Vaccination in Bombay 1874-1876 - 1874-1876
Year: 1874
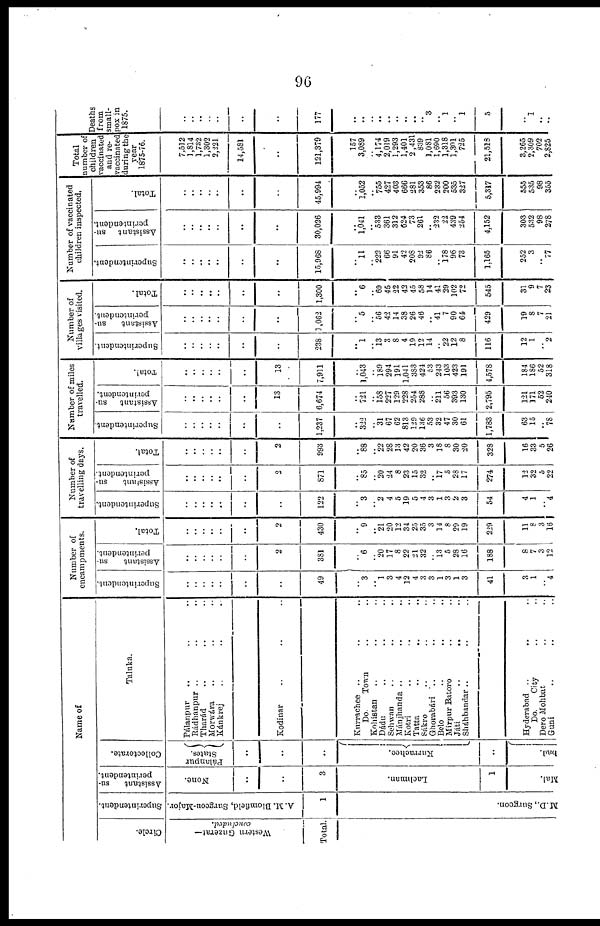
96
Name of
Circle.
Western Guzerat—
concluded.
Total.
Superintendent.
A. M. Blomfield, Surgeon-Major.
1
M.D., Surgeon.
Assistant
su-
perintendent.
None.
..
..
3
Lachman.
1
Mal.
Collectorate.
Pálanpur
States.
..
..
..
Kurrachee.
..
bad.
Taluka.
Pálanpur .. .. ..
Rádhanpur .. .. ..
Tharád .. .. ..
Morwára .. .. ..
Kánkrej .. .. ..
Kodinar .. .. ..
Kurrachee .. .. ..
Do.
Town .. ..
Kohistan .. .. ..
Dádu .. .. ..
Sehwan .. .. ..
Mánjhanda .. .. ..
Kotri .. .. ..
Tatta .. .. ..
Sákro .. .. ..
Ghorabári
.. .. ..
Belo .. .. ..
Mirpur Batoro .. ..
Játi .. .. ..
Sháhbandar .. .. ..
Hyderabad .. .. ..
Do.
City .. ..
Dero Mohbat .. .. ..
Guni .. .. ..
Number of
encampments.
Superintendent.
..
..
..
..
..
..
..
49
..
3
.. 1
3
4
12
4
3
3
1
3
1
3
41
3
1
.. 4
Assistant
su-
perintendent.
..
..
..
..
..
..
2
381
..
6
.. 20
17
8
22
21
32
.. 13
5
28
16
188
8
7
3
12
Total.
..
..
..
..
..
..
2
430
..
9
.. 21
20
12
34
25
35
3
14
8
29
19
229
11
8
3
16
Number of
travelling days.
Superintendent.
..
..
..
..
..
..
..
122
..
3
.. 2
4
5
19
5
4
3
1
3
2
3
54
4
1
.. 4
As s i
s t
ant su-
perintendent.
..
..
..
..
..
..
2
871
..
85
.. 20
24
8
23
15
32
.. 17
5
28
17
274
12
32
5
22
Tot al .
..
..
..
..
..
..
2
993
..
88
.. 22
28
13
42
20
36
3
18
8
30
20
328
16
33
5
26
Number of miles
travelled.
Superintendent.
..
..
..
..
..
..
..
1,237
..
322
.. 31
67
62
813
129
136
53
32
47
30
61
1,783
63
15
.. 78
Assistant su-
perintendent.
Total.
..
..
..
..
..
..
13
6,674
..
721
.. 158
227
129
228
254
288
.. 211
56
393
130
2,795
121
171
52
240
..
..
..
..
..
..
13
7,911
..
1,043
.. 189
294
191
1,041
383
424
53
243
103
423
191
4,578
184
186
52
318
Number of
villages visited.
Superintendent.
..
..
..
..
..
..
..
238
..
1
.. 13
3
8
4
19
12
14
.. 22
12
8
116
12
1
.. 2
Assistant
su-
perintendent.
..
..
..
..
..
..
..
1,062
..
5
.. 56
42
14
38
26
46
.. 41
7
90
64
429
19
8
7
21
Total.
..
..
..
..
..
..
..
1,300
..
6
.. 69
45
22
42
45
58
14
41
29
102
72
545
31
9
7
23
Number of vaccinated
children inspected.
Superintendent.
..
..
..
..
..
..
..
15,968
..
11
.. 222
66
91
42
208
92
86
.. 178
96
73
1,165
252
3
.. 77
Assistant su-
perintendent.
..
..
..
..
..
..
..
30,026
..
1,041
.. 533
361
312
624
73
261
.. 232
22
439
254
4,152
303
532
98
278
Total.
..
..
..
..
..
..
..
45,994
..
1,052
.. 755
427
403
666
281
353
86
232
200
535
327
5,317
555
535
98
355
Total
number of
children
vaccinated
and re-
vaccinated
during the
year
1875-76.
7,512
1,814
1,732
1,302
2,221
14,581
..
121,379
157
3,089
.. 4,174
2,019
1,293
1,401
2,431
839
1,081
1,690
1,318
1,301
725
21,518
3,265
2,309
702
2,825
Deaths
from
small-
pox in
1875.
..
..
..
..
..
..
..
177
..
..
.. ..
..
..
..
..
.. 3
.. 1
.. 1
5
..
1
.. ..